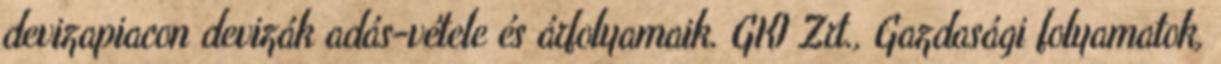
devizapiacon devizák adás-vétele és árfolyamaik. GKI Zrt., Gazdasági folyamatok,